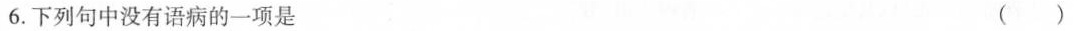
6.下列句中没有语病的一项是 ( )